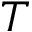
T